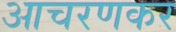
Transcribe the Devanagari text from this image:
आचरणकर